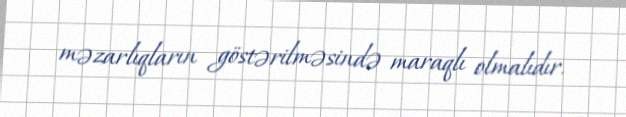
məzarlıqların göstərilməsində maraqlı olmalıdır.